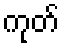
ကုတ်